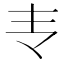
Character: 𰀈